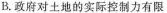
B.政府对土地的实际控制力有限